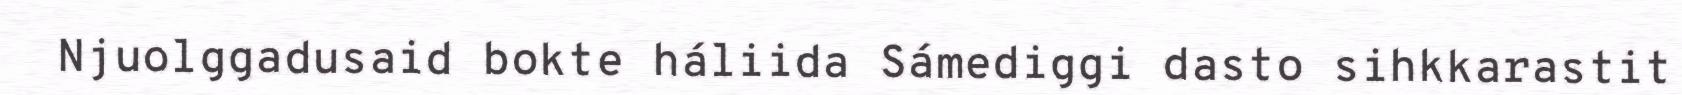
Njuolggadusaid bokte háliida Sámediggi dasto sihkkarastit